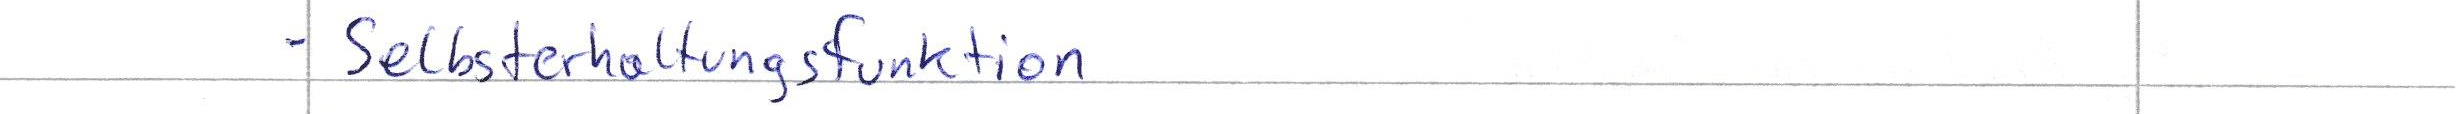
- Selbsterhaltungsfunktion